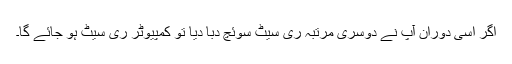
اگر اسی دوران آپ نے دوسری مرتبہ ری سیٹ سوئچ دبا دیا تو کمپیوٹر ری سیٹ ہو جائے گا۔